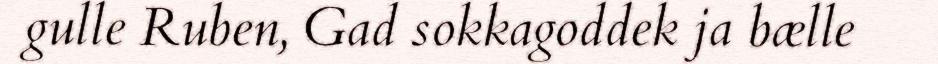
gulle Ruben, Gad sokkagoddek ja bælle